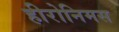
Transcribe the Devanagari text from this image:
हीरोनिमस